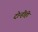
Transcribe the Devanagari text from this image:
दोन्हींही